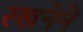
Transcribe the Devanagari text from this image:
रखनेने